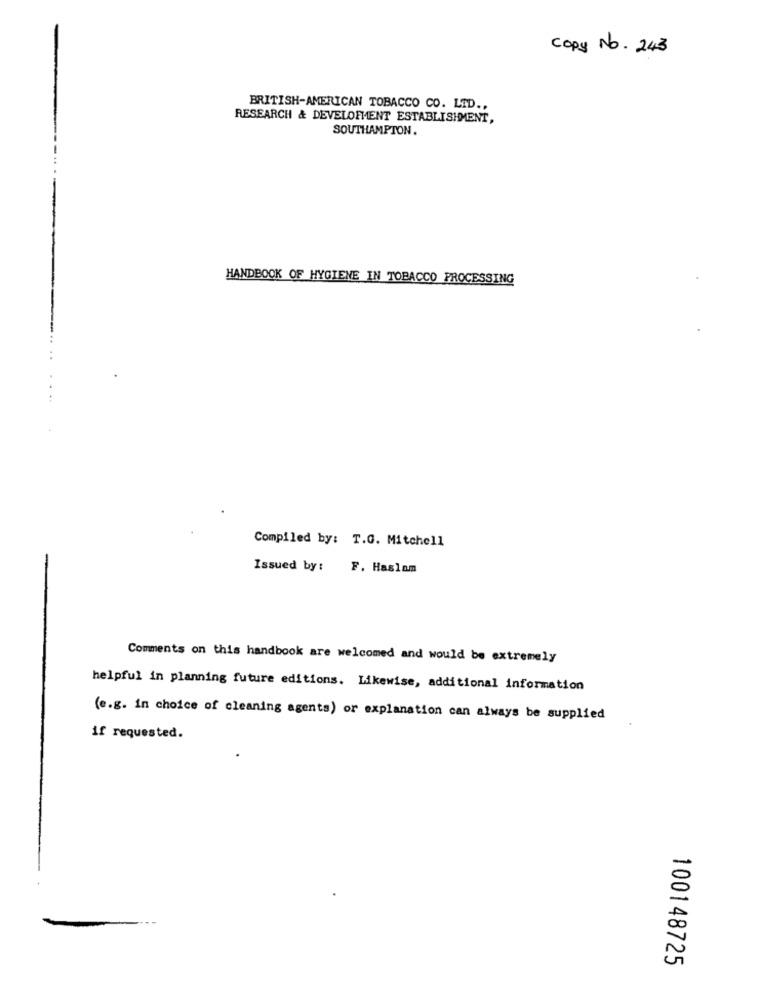
Copy No. 243
BRITISH-AMERICAN TOBACCO CO. LTD ..
RESEARCH & DEVELOPMENT ESTABLISHMENT,
SOUTHAMPTON.
HANDBOOK OF HYGIENE IN TOBACCO PROCESSING
Compiled by: T.G. Mitchell
Issued by:
F. Haslam
Comments on this handbook are welcomed and would be extremely
helpful in planning future editions. Likewise, additional information
(e.g. in choice of cleaning agents) or explanation can always be supplied
if requested.
100148725